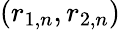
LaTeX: (r_{1,n},r_{2,n})